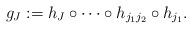
LaTeX: \begin{align*} g_J:= h_J\circ \cdots \circ h_{j_1j_2}\circ h_{j_1}.\end{align*}